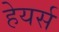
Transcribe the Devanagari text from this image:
हेयर्स